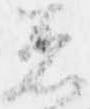
着